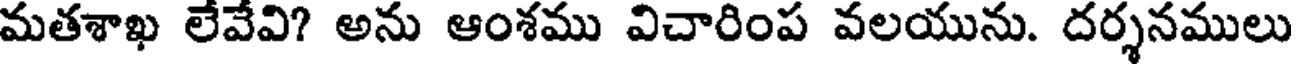
మతశాఖ లేవేవి? అను ఆంశము విచారింప వలయును. దర్శనములు